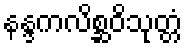
နန္ဒကလိစ္ဆဝိသုတ္တံ